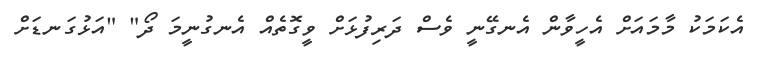
އެކަމަކު މާމައަށް އެހީވާން އެނގޭނީ ވެސް ދަރިފުޅަށް ވީގޮތެއް އެނގުނީމަ ދޯ" "އަޅުގަނޑަށް